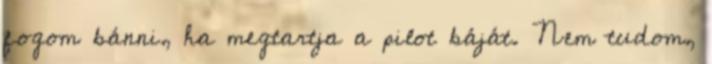
fogom bánni, ha megtartja a pilot báját. Nem tudom,